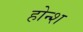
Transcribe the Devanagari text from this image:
होन्श